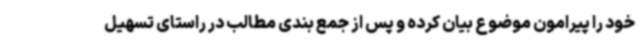
خود را پیرامون موضوع بیان کرده و پس از جمع بندی مطالب در راستای تسهیل